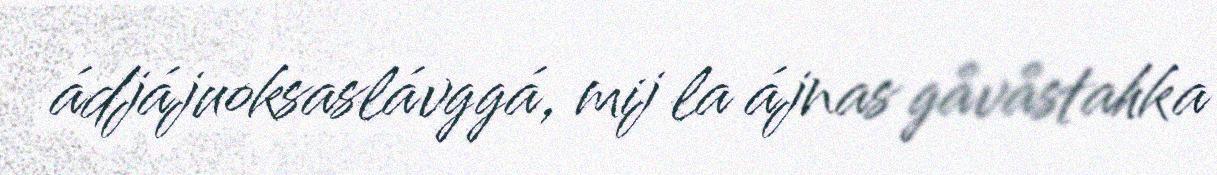
ádjájuoksaslávggá, mij la ájnas gåvåstahka